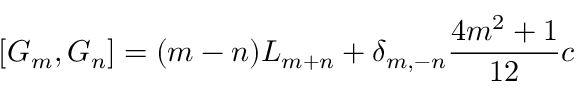
[ G _ { m } , G _ { n } ] = ( m - n ) L _ { m + n } + \delta _ { m , - n } { \frac { 4 m ^ { 2 } + 1 } { 1 2 } } c